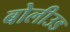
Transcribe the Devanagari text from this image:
बोलीउड